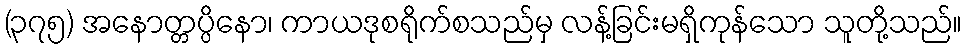
(၃၇၅) အနောတ္တပ္ပိနော၊ ကာယဒုစရိုက်စသည်မှ လန့်ခြင်းမရှိကုန်သော သူတို့သည်။